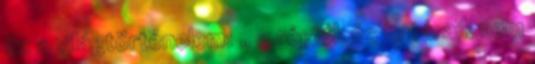
és a világtörténelem: „ a régiók és határaik nem